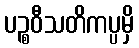
ပဉ္စဝီသတိကပ္ပမှိ